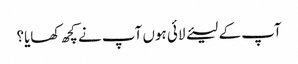
آپ کے لیئے لائی ہوں آپ نے کچھ کھایا؟